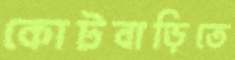
কোটবাড়িতে